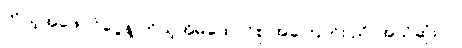
ကိုယ့်အဖေဝင်ငွေနဲ့ ကိုယ့်အိမ်ထောင်စု အကြောင်း ညို အသိဆုံးပါ။